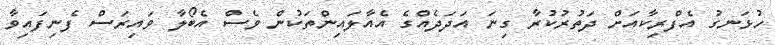
ހުޅަނގު އެފްރިކާއަށް ދަތުރުކުރާ ގިނަ އަދަދެއްގެ އެއާލައިންތަކުން ވެސް އެބޯލާ ވައިރަސް ފެނިފައިވާ